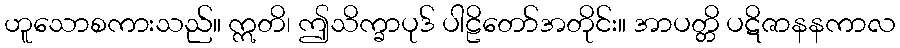
ဟူသောစကားသည်။ ဣတိ၊ ဤသိက္ခာပုဒ် ပါဠိတော်အတိုင်း။ အာပတ္တိ ပဋိဇာနနကာလ